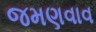
જમણવાવ